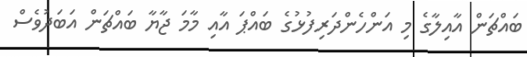
ބައްޗަން އާއިލާގެ މި އަންހެންދަރިފުޅުގެ ބައްޕަ އާއި މާމަ ޖާޔާ ބައްޗަން އަބަދުވެސް